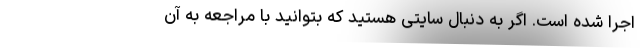
اجرا شده است. اگر به دنبال سایتی هستید که بتوانید با مراجعه به آن